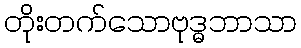
တိုးတက်သောဗုဒ္ဓဘာသာ